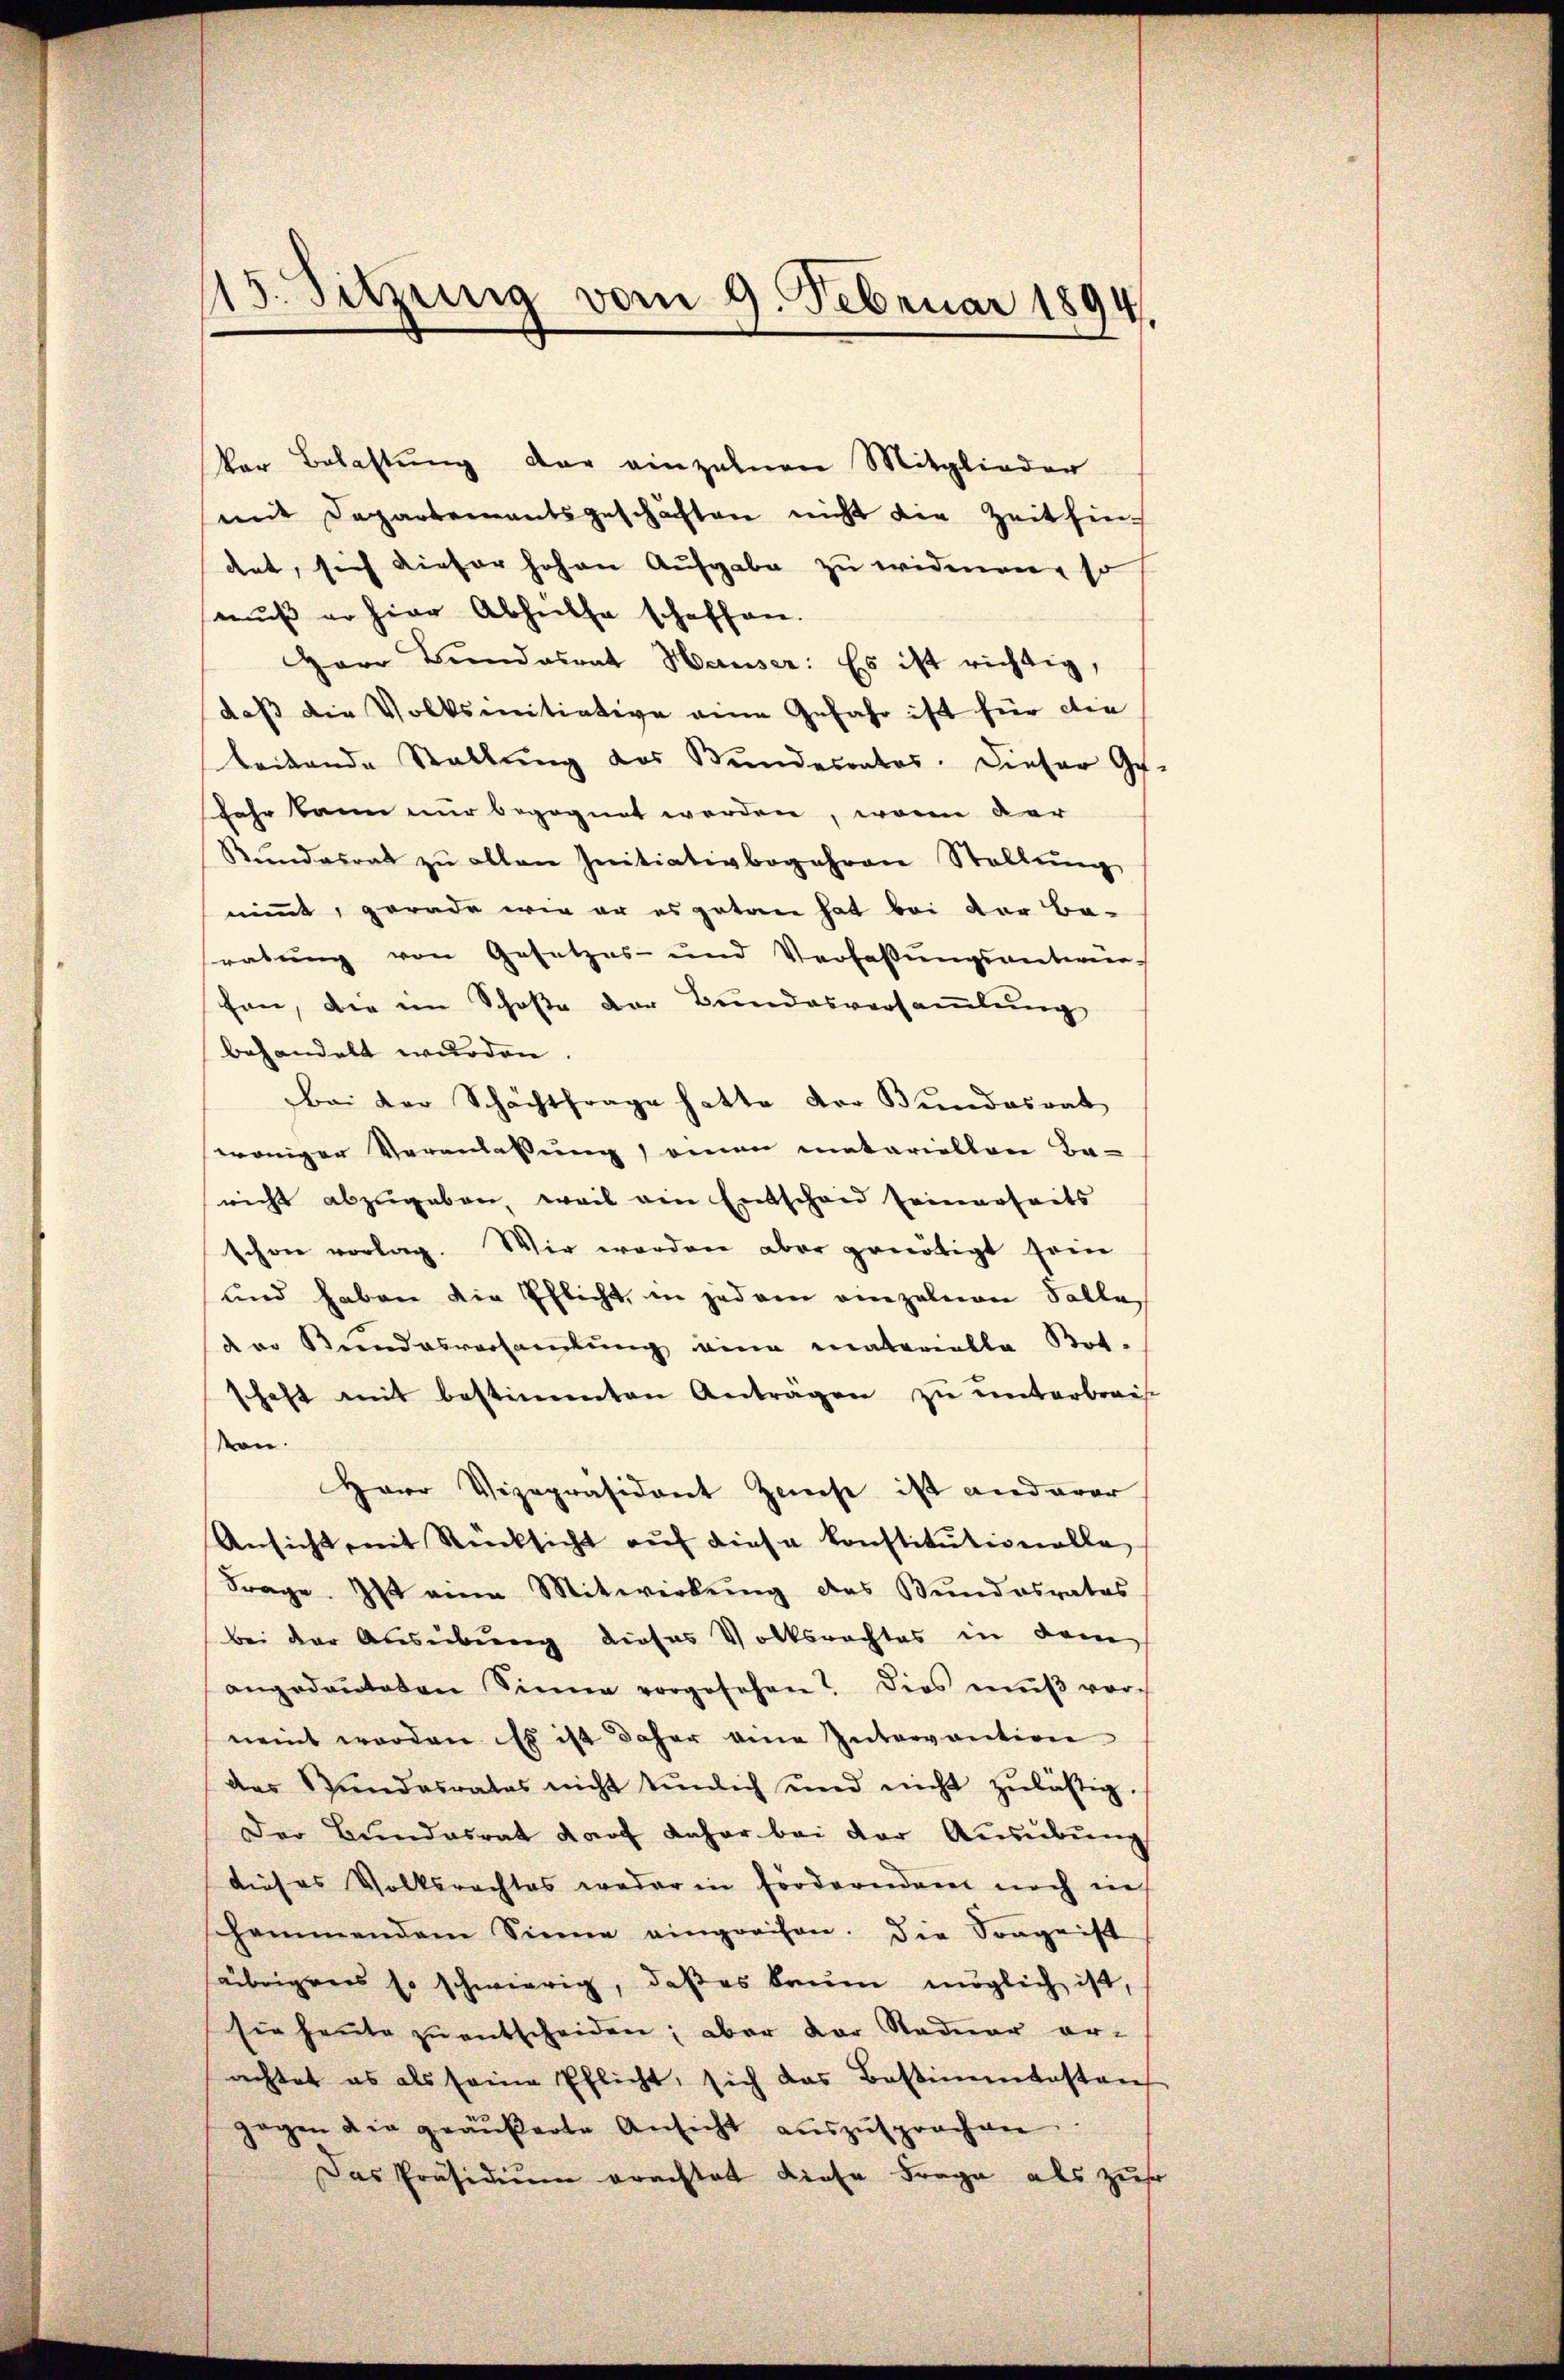
Vor Belastung der einzelnen Mitglieder
mit Departementsgeschächten nicht die Zeit fin
det, sich dieser hohen Aufgabe zu widmen, so
mŭβ er hier Abhülfe schaffen.
Herr Bundesrat Hauser: Es ist richtig,
daß die Volksinitiative eine Gefahr ist für die
leitende Stellŭng des Bundesrates. Dieser Ges
sehr kann nur begegnet werden, wenn der
Rŭndesrat zŭ allen Initiativbegehren Stellŭng
nimmt, gerade wie er es getan hat bei vor Ba-
ratung von Gesetzes- und Verfaßungsantwor-
fen, die im Schoße der Bundesversaṁlŭng
behandelt wurden.
bei der Schachtfrage hatte der Bundesrat
weniger Veranlassung einen metariellen Ba-
richt abzugeben, weil ein Entschaid seinerseits
schon vorlag. Wir werden aber genötigt sein
und haben die Ehlicht, in jedem einzelnen Falle
der Bundesversamlung eine materielle Bot.
schaft mit bestimmten Anträgen zu unterbrach-
ten.
Herr Vizepräsident Zinse ist anderer
Ansicht, mit Rücksicht auf diese Konstitutionelle,
Frage. Ist eine Mitwirkung des Bundesrates
bei der Ausübung dieses Volksrechtes in dem
angedeuteten Sinne vorgesehen? Dies mŭβ vorneint werden. Es ist daher eine Intervention
des Bŭndesrates nicht tŭnlich und nicht zŭlästig.
Der Bundesrat darf daher bei der Ausübung
dieses Volksrechtes weder in Forderndem noch in
schammendem Sinne eingreifen. Die Sorgeist
äbrigens so schwierig, daß es kaum möglich ist,
sie heute zu entscheiden; aber der Staduar er-
achtet es als seine Pflicht, sich das Bestimentastens
zogen die geäußerte Ansicht aŭszŭsprochen
Das Präsidium erachtet diese Frage als zur

13. Sitzung vom 9. Februar 1894.